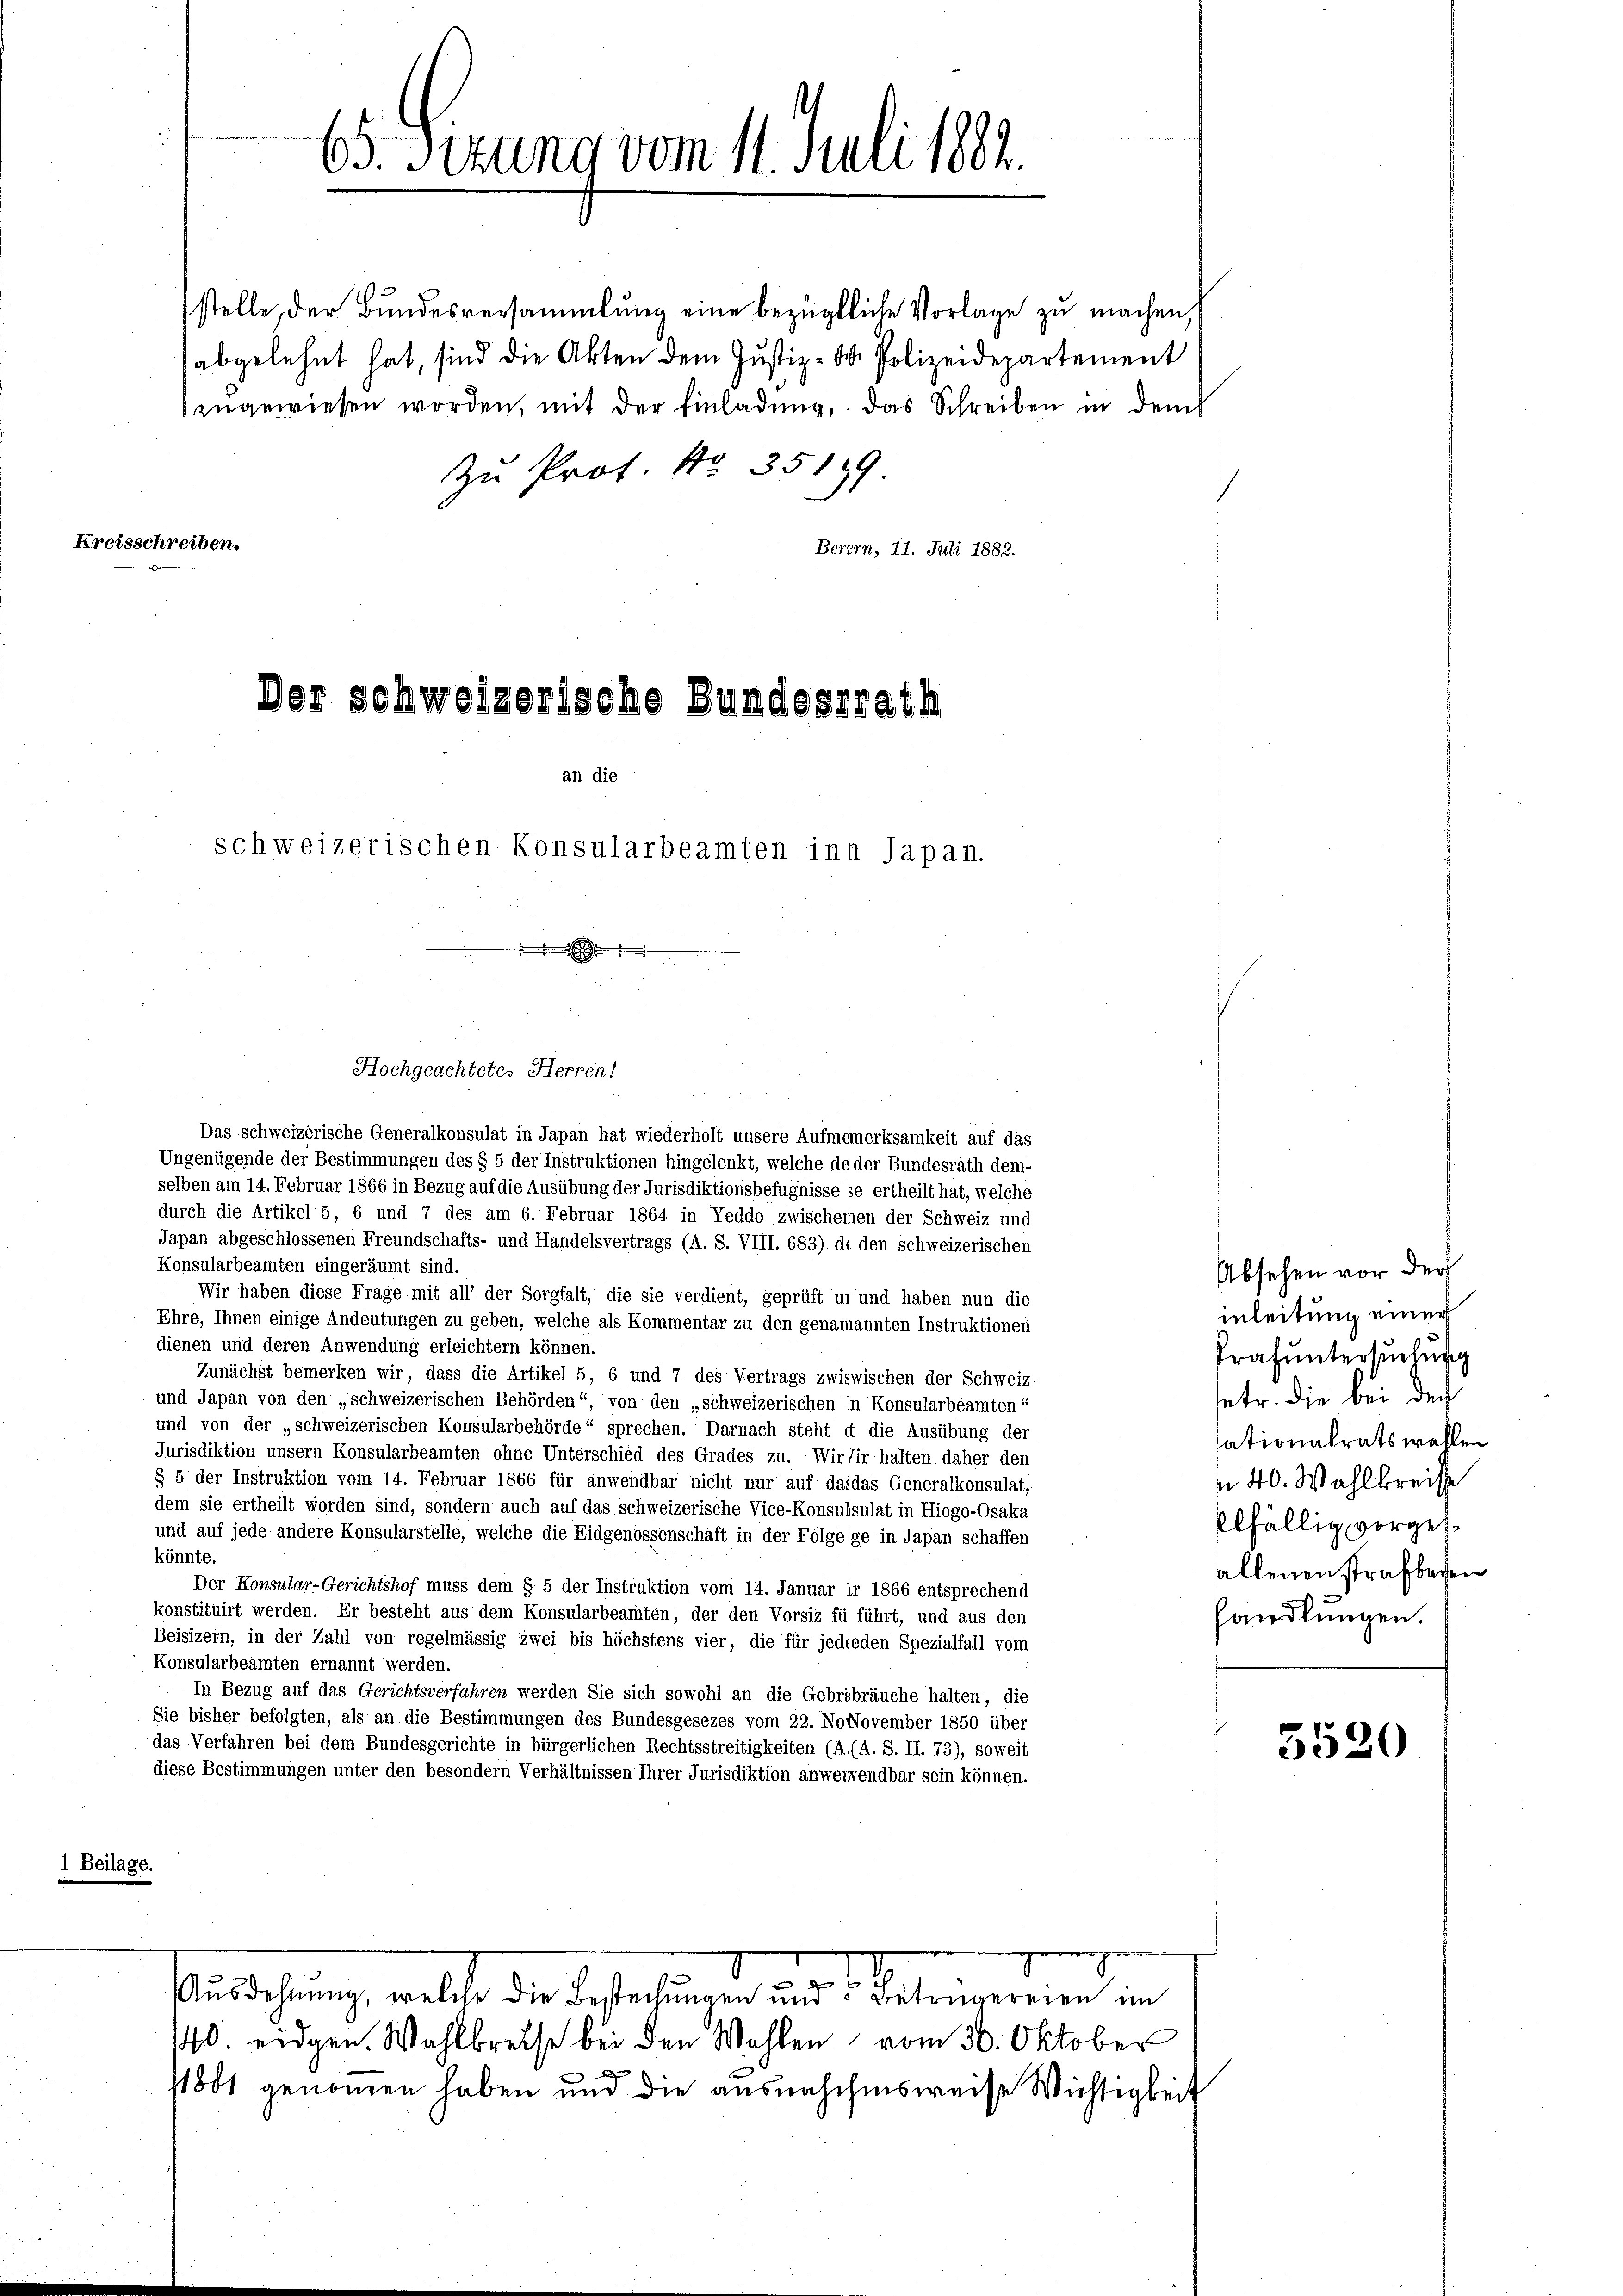
Kreisschreiben.

stelle der Bundesversammlung eine bezügliche Vorlage zu machen,
abgelehnt hat, sind die Akten dem Justiz- & Polizeidepartement
zugewiesen worden, mit der Einladung, das Schreiben in dem
Zu Prof. No. 35139
s
Berern, 11. Juli 1882.

65. Sizung vom 11. Juli 182.

Der schweizerische Bundesrath
an die
schweizerischen Konsularbeamten inn Japan.

de

Das schweizerische Generalkonsulat in Japan hat wiederholt unsere Aufmemerksamkeit auf das
Ungenügende der Bestimmungen des § 5 der Instruktionen hingelenkt, welche de der Bundesrath dem-
selben am 14. Februar 1866 in Bezug auf die Ausübung der Jurisdiktionsbefugnisse se ertheilt hat, welche
durch die Artikel 5, 6 und 7 des am 6. Februar 1864 in Teddo zwischeinen der Schweiz und
Japan abgeschlossenen Freundschafts- und Handelsvertrags (A. S. VIII. 683) di den schweizerischen
Konsularbeamten eingeräumt sind.
Wir haben diese Frage mit all der Sorgfalt, die sie verdient, geprüft in und haben nun die
Ehre, Ihnen einige Andeutungen zu geben, welche als Kommentar zu den genamannten Instruktionen
dienen und deren Anwendung erleichtern können.
Zunächst bemerken wir, dass die Artikel 5, 6 und 7 des Vertrags zwiswischen der Schweiz.
und Japan von den „schweizerischen Behörden“, von den „schweizerischen in Konsularbeamten“
und von der „schweizerischen Konsularbehörde“ sprechen. Darnach steht et die Ausübung der
Jurisdiktion unsern Konsularbeamten ohne Unterschied des Grades zu. Wir dir halten daher den
§ 5 der Instruktion vom 14. Februar 1866 für anwendbar nicht nur auf da das Generalkonsulat,
dem sie ertheilt worden sind, sondern auch auf das schweizerische Vice-Konsulsulat in Hiogo-Osaka
und auf jede andere Konsularstelle, welche die Eidgenossenschaft in der Folgeige in Japan schaffen
könnte.
Der Konsular-Gerichtshof muss dem § 5 der Instruktion vom 14. Januar ir 1866 entsprechend
konstituirt werden. Er besteht aus dem Konsularbeamten, der den Vorsiz fü führt, und aus den
Beisizern, in der Zahl von regelmässig zwei bis höchstens vier, die für jedjeden Spezialfall vom
Konsularbeamten ernannt werden.
In Bezug auf das Gerichtsverfahren werden Sie sich sowohl an die Gebrebräuche halten, die
Sie bisher befolgten, als an die Bestimmungen des Bundesgesezes vom 22. NoNovember 1850 über
das Verfahren bei dem Bundesgerichte in bürgerlichen Rechtsstreitigkeiten (A. (A. S. II. 73), soweit
diese Bestimmungen unter den besondern Verhältnissen Ihrer Jurisdiktion anwerwendbar sein können.
1 Beilage.

Hochgeachtete. Herren!

40. eidgen. Wahlkreise bei den Wahlen vom 30. Oktober
A
1881 genommen haben und die ausnahmsweise Wichtigkeit

Ausdehnung, welche die Besteilungen und Betrügereien im

nzionen ziemen

Absehen vor der
inleitung einer
trafuntersuchung
setr. die bei der
ationalratswahlen
n 40. Wahlkreise
elfällig vorgesallenenstrafbechen
handlungen.

5520